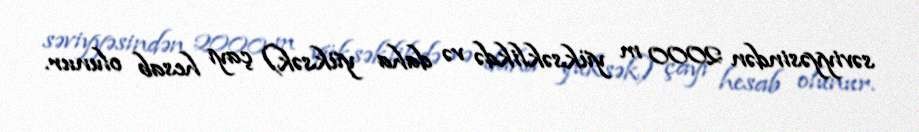
səviyyəsindən 2000 m yüksəklikdə və daha yüksək) çayı hesab olunur.